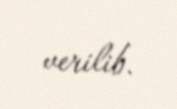
verilib.